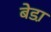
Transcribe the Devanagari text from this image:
बेडा़